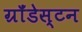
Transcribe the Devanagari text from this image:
ग्रॉंडेस्टन